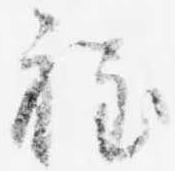
程